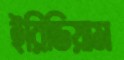
ইরিডিয়াম